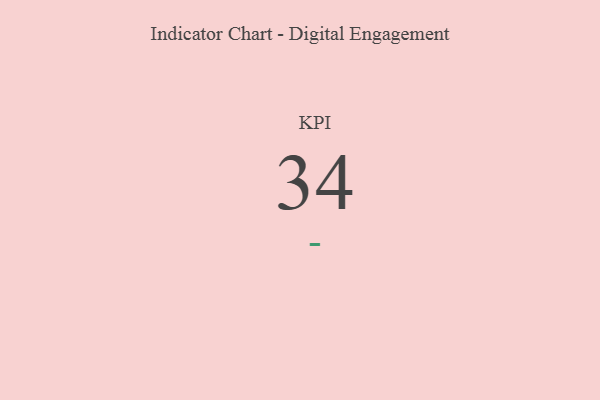
{"axis": {"x": "KPI", "y": "Value"}, "legend": [""], "data": [{"x": "KPI", "y": 34, "type": ""}]}